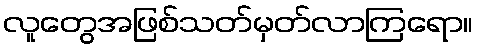
လူတွေအဖြစ်သတ်မှတ်လာကြရော။